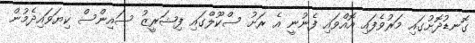
ގޮނޑުދޮށުގައި މަރުވެފައި އޮއްވައި ފެނުނީ އެ ރަށު ސްކޫލްގައި ފިޝަރީޒު ސައިންސް ކިޔަވައިދެމުން